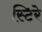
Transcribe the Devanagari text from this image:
स्टिरे